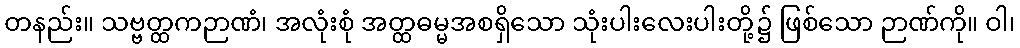
တနည်း။ သဗ္ဗတ္ထကဉာဏံ၊ အလုံးစုံ အတ္ထဓမ္မအစရှိသော သုံးပါးလေးပါးတို့၌ ဖြစ်သော ဉာဏ်ကို။ ဝါ၊